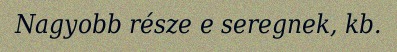
Nagyobb része e seregnek, kb.